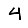
Digit: 4